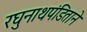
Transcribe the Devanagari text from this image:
रघुनाथपंडिताने